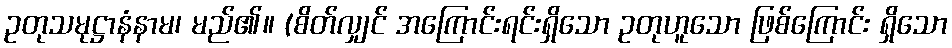
ဥတုသမုဋ္ဌာနံနာမ၊ မည်၏။ (စိတ်လျှင် အကြောင်းရင်းရှိသော ဥတုဟူသော ဖြစ်ကြောင်း ရှိသော